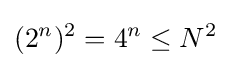
(2^{n})^{2}=4^{n}\leq N^{2}